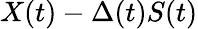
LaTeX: X(t)-\Delta(t)S(t)